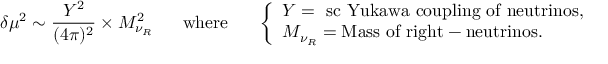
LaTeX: \delta \mu ^ { 2 } \sim \frac { Y ^ { 2 } } { ( 4 \pi ) ^ { 2 } } \times M _ { \nu _ { R } } ^ { 2 } \ \ \ \ \mathrm { ~ w h e r e ~ } \ \ \ \ \left\{ \begin{array} { l } { { Y = \mathrm { { \ s c ~ Y u k a w a } ~ c o u p l i n g ~ o f ~ n e u t r i n o s , } } } \\ { { M _ { \nu _ { R } } = \mathrm { M a s s ~ o f ~ r i g h t - n e u t r i n o s . } } } \end{array} \right.